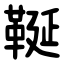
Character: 䩥